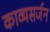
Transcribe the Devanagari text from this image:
काव्यसर्जन